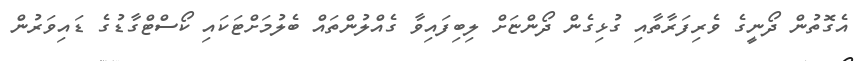
އެގޮތުން ދޯނީގެ ވެރިފަރާތާއި ގުޅިގެން ދޯންޏަށް ލިބިފައިވާ ގެއްލުންތައް ބެލުމަށްޓަކައި ކޯސްޓްގާޑުގެ ޑައިވަރުން